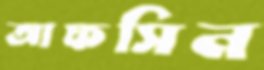
আফসিন